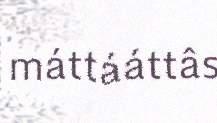
máttááttâs